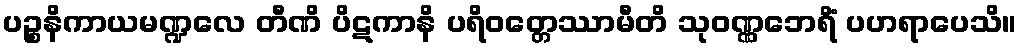
ပဉ္စနိကာယမဏ္ဍလေ တီဏိ ပိဋကာနိ ပရိဝတ္တေဿာမီတိ သုဝဏ္ဏဘေရိံ ပဟရာပေသိ။